Statistical return of the lunatic asylum in Assam - 1912-1932
Year: 1912
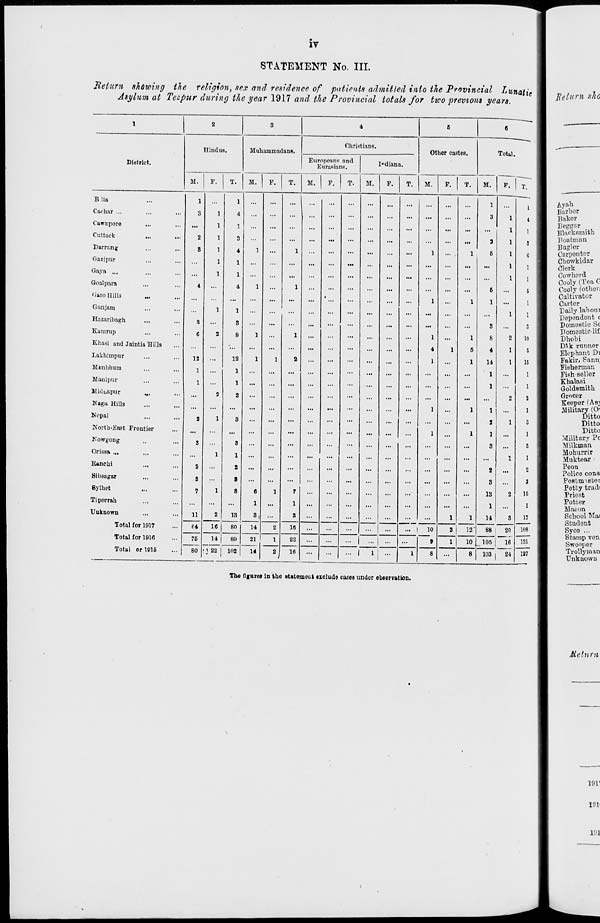
IT
STATEMENT No. III.
Return showing the religion, sex and residence of patients admitted into the Provincial Lunatic
Asylum at Tezpur during the year 1917 and the Provincial totals for two previous years.
1
2
3
4
5
6
Hindus.
Muhammadans.
Christiana.
Other castes.
Total.
District.
Europeans and
Eurasians.
Indiana
M.
F.
T.
M. 1 F. T. M. F. T. M. F. T. M. F. | T. M. F. 1 T.
B lia
Cachnr ...
Cawiiporo
Cuttack
...
...
Darning
Gazipur
Gayu ...
Ooalpara
Garo Hills
...
G an jam
.Hazaribagh
Kanmip
Khasi and Jaintia Hills
Lakhimpur
Manbhum
Manipur
Miduapur
,,,
Naga Hills
Nepal
North-East Frontier
r'owgong
Orissa ...
Ranchi
Sibsagar
Bylhet
Tiperrah
Unknown
1
3
2
8
4
3
6
12
1
1
2
3
2
3
7
11
J
1
1
1
1
1
1
2
S
1
1
1
2
■
4
1
3
4
1
1
4
1
S
8
12
1
1
2
3
3
1
2
8
8
13
1
1
1
1
6
1
3,
1
...
1
1
1
1
2
7
1
8
...
...
...
...
...
...
1
1
1
4
1
1
1
1
1
1
1
1
5
1
1
1
1
1
3
3
5
6
1
3
8
4
14
1
1
1
2
1
3
2
3
13
1
14
1
1
1
1
1
1
1
2
1
1
...
2
1
1
2
8
1
4
1
S
G
1
1
S
1
1
3
10
5
15
1
1
2
1
3
1
S
1
2
3
15
1
17
Total for 1917
64
16 | 80
14
2
16
...
...
...
... 1 10
2 1 13 | 88 20
i 16
1 24
108
Total for 1916
75
80
14 | 89
21
14
1
22
16
...
... | ...
...
9
1
10 105
121
Totai or 1915
•J 22 | 102
2
...
...
... I
1
...
1
8
...
8
103
187
The figures in the statement exclude coses under observation.